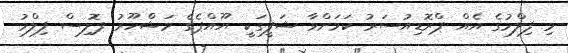
މި ފިލްމުގެ އެއް ޕްރޮޑިއުސަރު ކަމަށްވާ ޝަފީގަކީ ޔޫއްޕެގެ މަޝްހޫރު ޕޮލިސް ފިލްމު